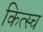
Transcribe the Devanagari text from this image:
कित्स्च